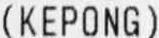
(KEPONG)